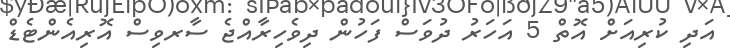
އަދި ކުރިއަށް އޮތް 5 އަހަރު ދުވަސް ފަހުން ދިވެހިރާއްޖެ ސާރވިސް އޮރިއެންޓެޑް